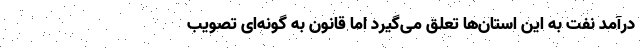
درآمد نفت به این استان‌ها تعلق می‌گیرد اما قانون به گونه‌ای تصویب